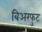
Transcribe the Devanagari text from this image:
बिअरफुट